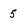
Character: 5